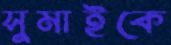
সুমাইকে